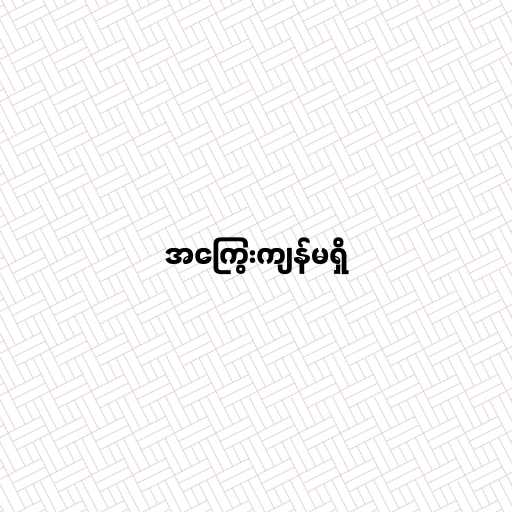
အကြွေးကျန်မရှိ